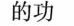
的功